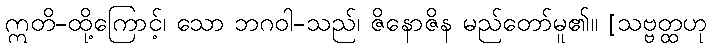
ဣတိ-ထို့ကြောင့်၊ သော ဘဂဝါ-သည်၊ ဇိနောဇိန မည်တော်မူ၏။ [သဗ္ဗတ္ထဟု